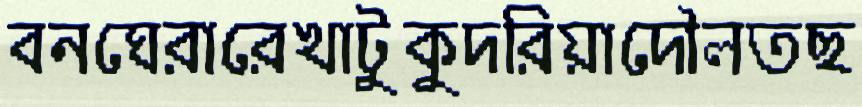
বনঘেরারেখাটুকুদরিয়াদৌলতছ